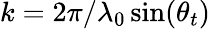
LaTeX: k=2\pi/\lambda_{0}\sin(\theta_{t})